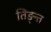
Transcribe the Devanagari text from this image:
तिङ्न्त